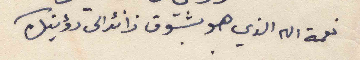
نعمة الله الذي هو بشوق زائد الى رؤيتك